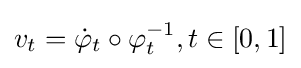
v_{t}={\dot {\varphi }}_{t}\circ \varphi _{t}^{-1},t\in [0,1]